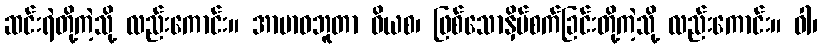
ဆင်းရဲတို့ကဲ့သို့ လည်းကောင်း။ အာဗာဓဘူတာ ဝိယစ၊ ဖြစ်သောနှိပ်စက်ခြင်းတို့ကဲ့သို့ လည်းကောင်း။ ဝါ၊